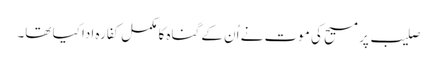
صلیب پر مسیح کی موت نے اُن کے گناہ کا مکمل کفارہ ادا کیا تھا۔